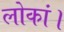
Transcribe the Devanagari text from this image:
लोकां।